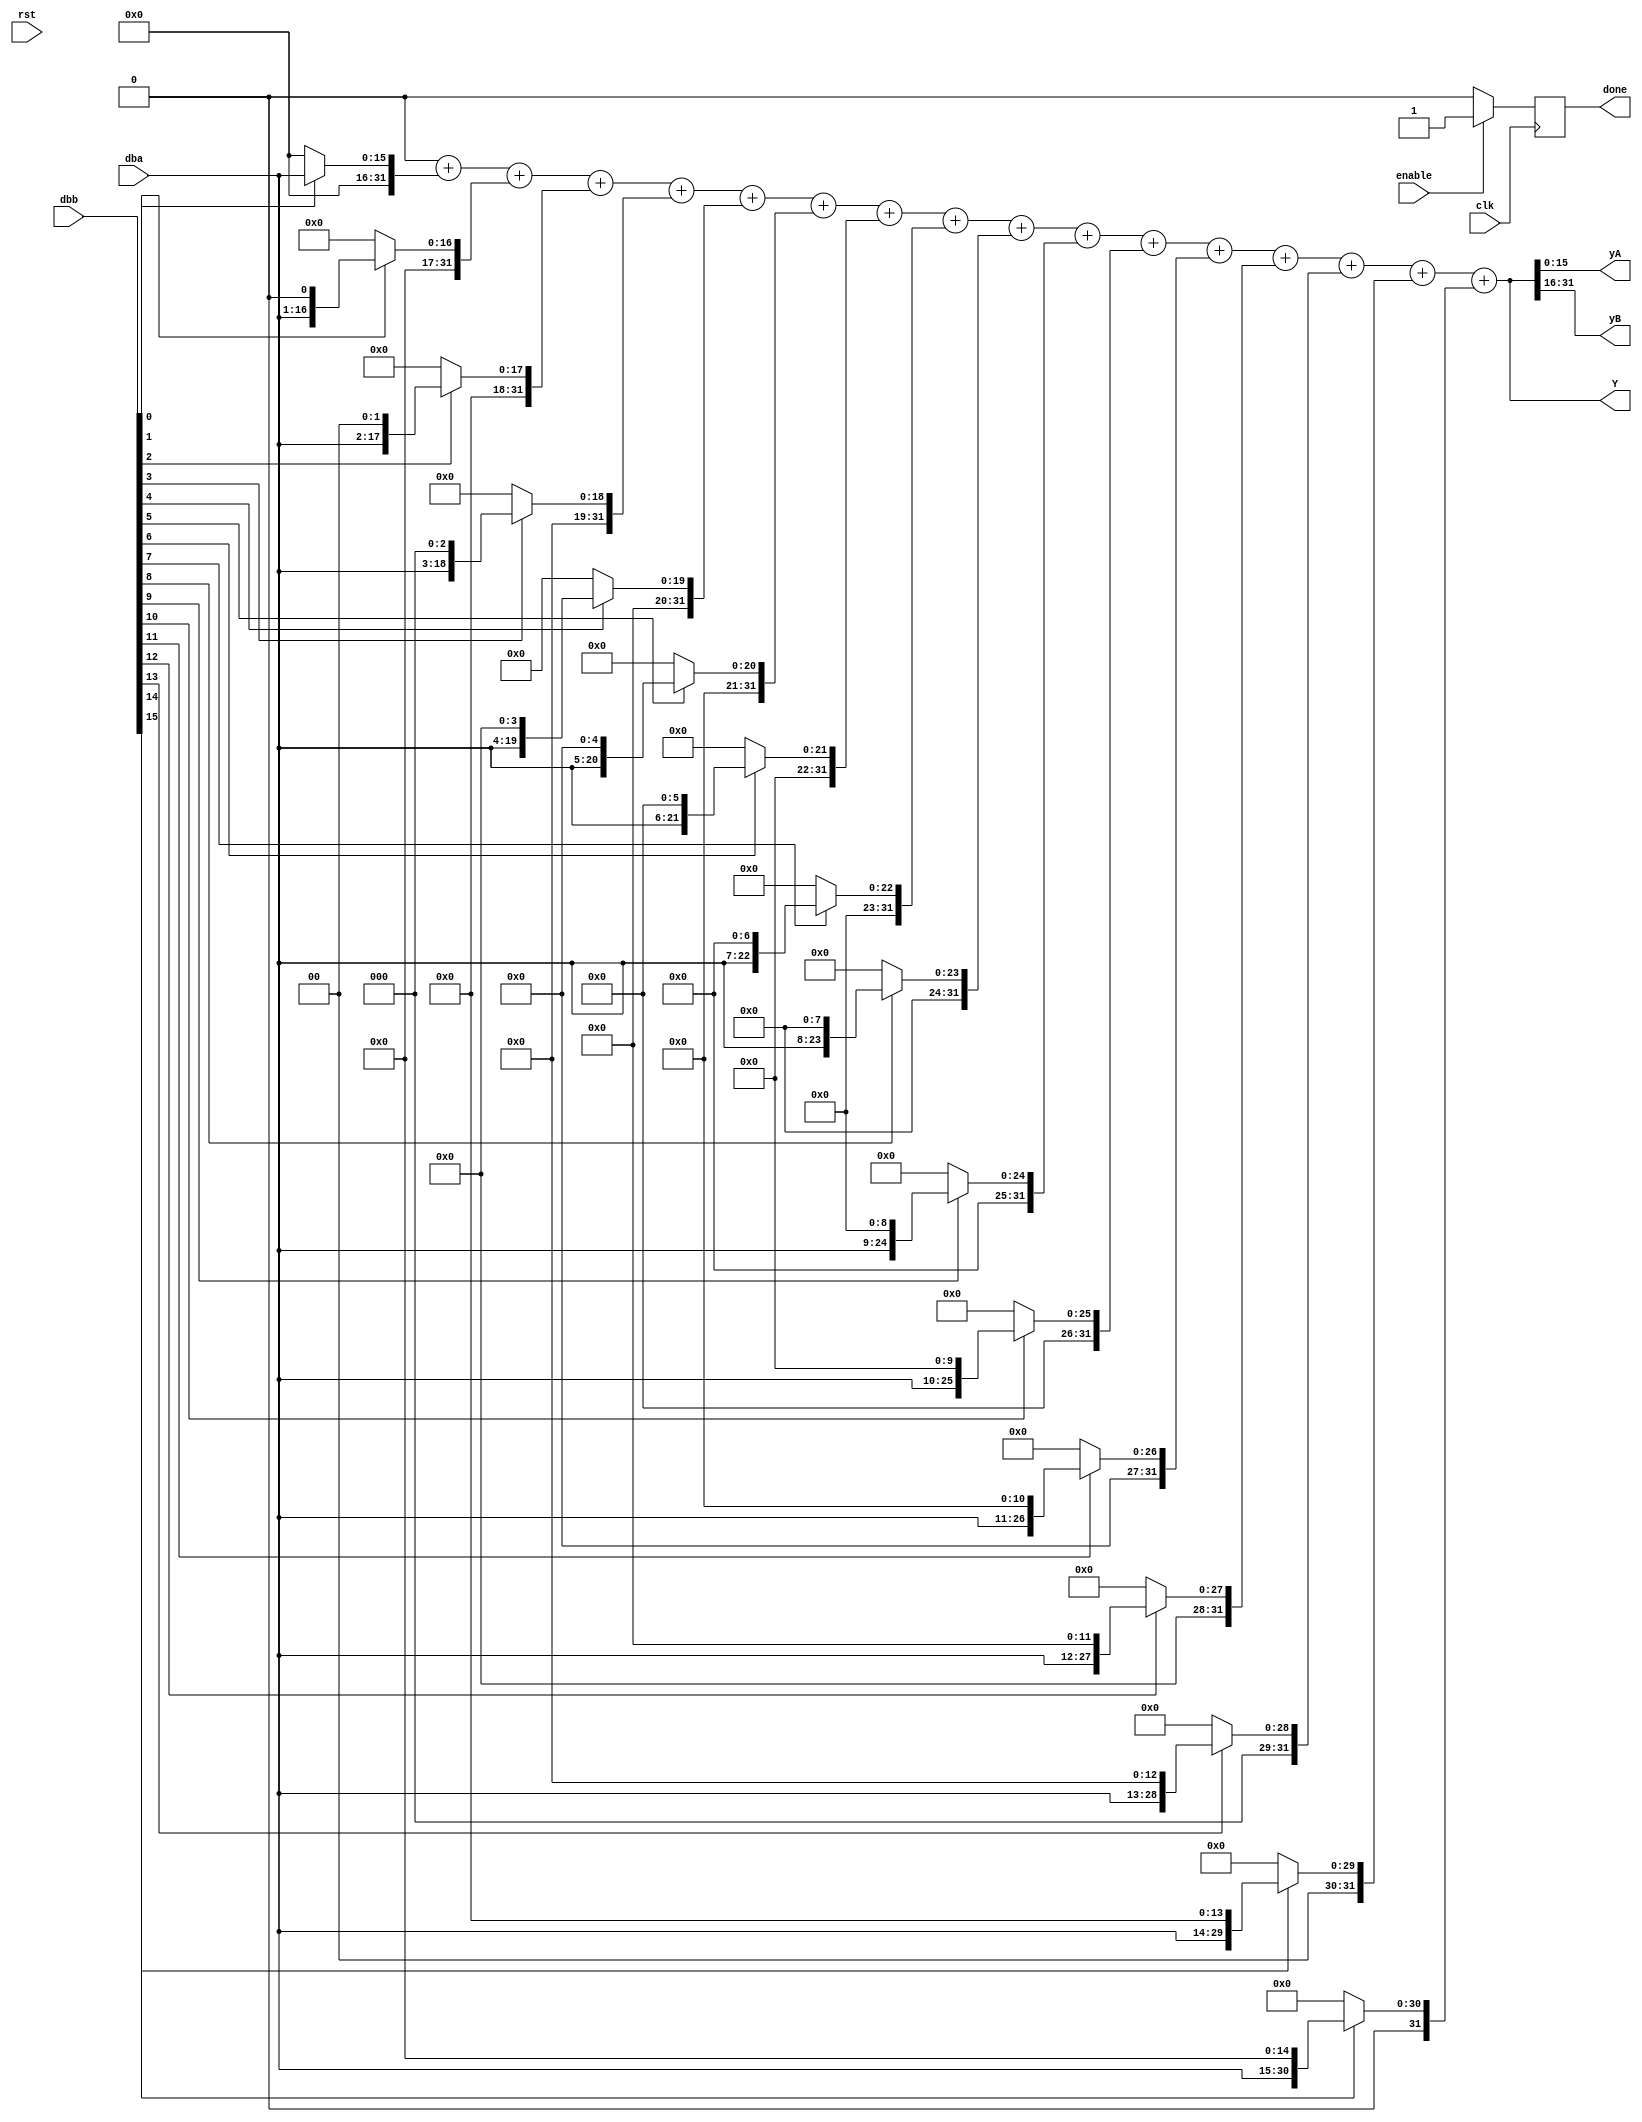
module BinMultiplier #( 
  parameter D = 16
) (
  input               clk
, input               rst

, input               enable
, output reg          done

, input       [D-1:0] dba
, input       [D-1:0] dbb
, output reg  [N-1:0] Y
, output wire [D-1:0] yA
, output wire [D-1:0] yB
);
  
  assign yA = Y[  D-1:0];
  assign yB = Y[2*D-1:D];
  
  localparam N = 2*D;
  
  wire [N-1:0] partial [D-1:0]; 
  genvar ii;
  generate for(ii = 0; ii < D; ii = ii + 1)
    assign partial[ii] = (dbb[ii]) ? (dba << ii) : 0;
  endgenerate
  
  always @ (posedge clk)
    if( enable )
      done = 1'b1;
    else
      done = 1'b0;
  
  integer jj;
  always @*
    begin
      Y = 0;
      for( jj = 0; jj < D; jj = jj + 1 )
        Y = Y + partial[jj];
    end
  
endmodule